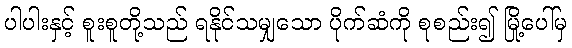
ပါပါးနှင့် စူးစူတို့သည် ရနိုင်သမျှသော ပိုက်ဆံကို စုစည်း၍ မြို့ပေါ်မှ